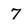
Character: 7